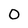
Character: 0